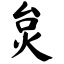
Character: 炱